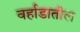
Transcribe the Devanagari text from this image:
वर्हाडातील